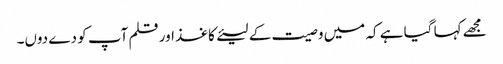
مجھے کہا گیا ہے کہ میں وصیت کے لیئےکاغذ اور قلم آپ کو دے دوں۔